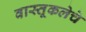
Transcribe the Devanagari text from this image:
वास्तूकलेचे